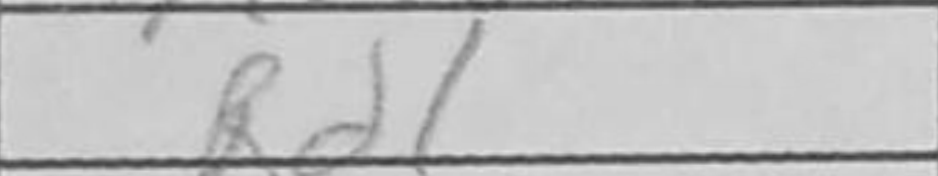
Transcription: Rd1